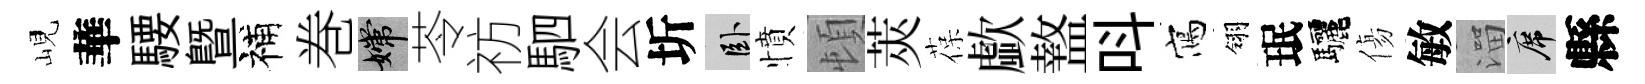
峴華騕曁補巻嫦苓祊駟会圻卧憤頓莢葆歔盩呌寫翎珉驅傷敏溜席縣